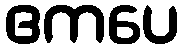
ဧကပေ